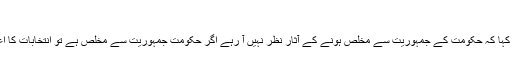
پیر 2 جنوری 2012 15:29
مسلم لیگ ن کے سربراہ نواز شریف نے کہا کہ حکومت کے جمہوریت سے مخلص ہونے کے آثار نظر نہیں آ رہے اگر حکومت جمہوریت سے مخلص ہے تو انتخابات کا اعلان کرے عوام جلد انتخابات چاہتے ہیں۔